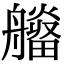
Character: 𤳮